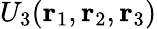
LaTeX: U_{3}(\mathbf{r}_{1},\mathbf{r}_{2},\mathbf{r}_{3})